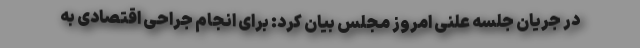
در جریان جلسه علنی امروز مجلس بیان کرد: برای انجام جراحی اقتصادی به